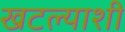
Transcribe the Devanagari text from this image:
खटल्याशी